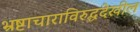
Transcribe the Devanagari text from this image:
भ्रष्टाचाराविरुद्धदेखील